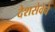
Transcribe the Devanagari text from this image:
देशसेवेचे